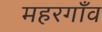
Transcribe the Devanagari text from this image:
महरगाँव